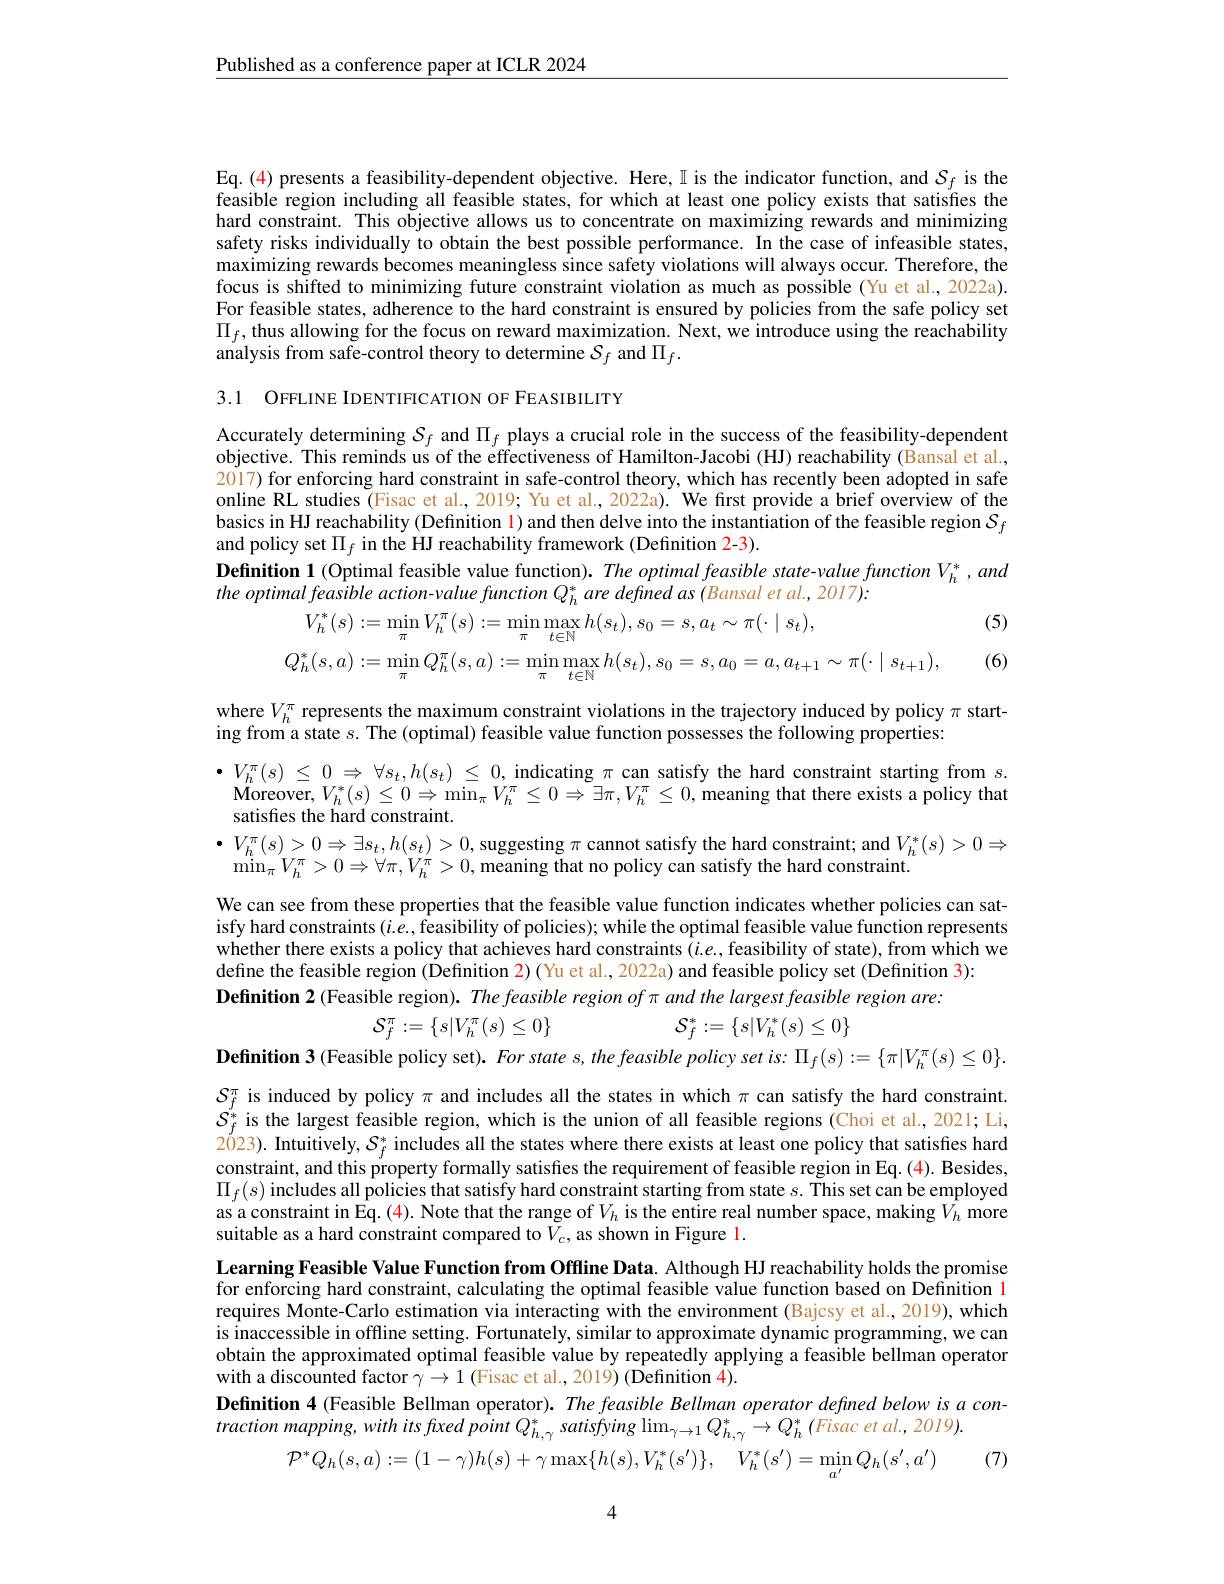
$\underline{\text{Published as a conference paper at ICLR 2024}}$

Eq.(4) presents a feasibility-dependent objective. Here, I is the indicator function, and $\mathcal{S}_f$ is the feasible region including all feasible states, for which at least one policy exists that satisfies the hard constraint. This objective allows us to concentrate on maximizing rewards and minimizing safety risks individually to obtain the best possible performance. In the case of infeasible states, maximizing rewards becomes meaningless since safety violations will always occur. Therefore, the focus is shifted to minimizing future constraint violation as much as possible (Yu et al., 2022a). For feasible states, adherence to the hard constraint is ensured by policies from the safe policy set $\Pi_f$, thus allowing for the focus on reward maximization. Next, we introduce using the reachability analysis from safe-control theory to determine $\mathcal{S}_f$ and $\Pi_f.$

3.1 OFFLINE IDENTIFICATION OF FEASIBIILITY

Accurately determining $\mathcal{S}_f$ and $\Pi_f$ plays a crucial role in the success of the feasibility-dependent objective. This reminds us of the effectiveness of Hamilton-Jacobi (HJ) reachability (Bansal et al., 2017) for enforcing hard constraint in safe-control theory, which has recently been adopted in safe online RL studies (Fisac et al., 2019; Yu et al., 2022a). We first provide a brief overview of the basics in HJ reachability (Definition 1) and then delve into the instantiation of the feasible region $\mathcal{S}_f$ and policy set $\Pi_f$ in the HJ reachability framework (Definition 2-3).
$\textbf{Definition 1}($Optimal feasible value function). The optimal feasible state-value function $V_h^*,and$
(5)
$$\begin{aligned}&V_{h}^{*}(s):=\operatorname*{min}_{\pi}V_{h}^{\pi}(s):=\operatorname*{min}_{\pi}\operatorname*{max}_{t\in\mathbb{N}}h(s_{t}),s_{0}=s,a_{t}\sim\pi(\cdot\mid s_{t}),\\&Q_{h}^{*}(s,a):=\operatorname*{min}_{\pi}Q_{h}^{\pi}(s,a):=\operatorname*{min}_{\pi}\operatorname*{max}_{t\in\mathbb{N}}h(s_{t}),s_{0}=s,a_{0}=a,a_{t+1}\sim\pi(\cdot\mid s_{t+1}),\end{aligned}$$
(6)

where $V_h^\pi$ represents the maximum constraint violations in the trajectory induced by policy $\pi$ start-
ing from a state $s.$ The (optimal) feasible value function possesses the following properties:

$\bullet V_h^\pi ( s)$ $\leq$ 0 $\Rightarrow$ $\forall s_t, h( s_t)$ $\leq$ 0, indicating $\pi$ can satisfy the hard constraint starting from $s.$ $\mathbf{Moreover},V_{h}^{*}(s)\leq0\Rightarrow\min_{\pi}V_{h}^{\pi}\leq0\Rightarrow\exists\pi,V_{h}^{\pi}\leq0$,meaning that there exists a policy that satisfies the hard constraint.
$\bullet V_{h}^{\pi}(s)>0\Rightarrow\exists s_{t},h(s_{t})>0$, suggesting $\pi$ cannot satisfy the hard constraint; and $V_h^*(s)>0\Rightarrow$
$\operatorname*{min}_{\pi}V_{h}^{\pi}>0\Rightarrow\forall\pi,V_{h}^{\pi}>0$,meaning that no policy can satisfy the hard constraint.

We can see from these properties that the feasible value function indicates whether policies can satisfy hard constraints $(i.e.,\hat{\text{feasibility of policies); while the optimal feasible value function represents}}$ whether there exists a policy that achieves hard constraints (i.e., feasibility of state), from which we define the feasible region (Definition 2) (Yu et al., 2022a) and feasible policy set (Definition 3):
Definition 2 (Feasible region). The feasible region of π and the largest feasible region are:
${\mathcal S}_{f}^{\pi}:=\{s|V_{h}^{\pi}(s)\leq0\}$
${\mathcal S}_{f}^{*}:=\{s|V_{h}^{*}(s)\leq0\}$

Definition 3 (Feasible policy set). $Forstates,thefeasiblepolicysetis:\Pi_{f}(s):=\{\pi|V_{h}^{\pi}(s)\leq0\}.$

$S_f^\pi$ is induced by policy $\pi$ and includes all the states in which $\pi$ can satisfy the hard constraint. $S_{f}^{*}$ is the largest feasible region, which is the union of all feasible regions (Choi et al., 2021; Li, 2023). Intuitively, $\mathcal{S}_f^*$ includes all the states where there exists at least one policy that satisfies hard constraint, and this property formally satisfies the requirement of feasible region in Eq. (4). Besides, $\Pi_f(s)$ includes all policies that satisfy hard constraint starting from state $s.$ This set can be employed as a constraint in Eq. (4). Note that the range of $V_h$ is the entire real number space, making $V_h$ more suitable as a hard constraint compared to $V_c$, as shown in Figure 1.

Learning Feasible Value Function from Offline Data. Although HJ reachability holds the promise for enforcing hard constraint, calculating the optimal feasible value function based on Definition l requires Monte-Carlo estimation via interacting with the environment (Bajcsy et al., 2019), which is inaccessible in offline setting. Fortunately, similar to approximate dynamic programming, we can obtain the approximated optimal feasible value by repeatedly applying a feasible bellman operator with a discounted factor $\gamma\to1$ (Fisac et al., 2019) (Definition 4).
Definition 4 (Feasible Bellman operator). The feasible Bellman operator defined below is $a$ con-
$traction~mapping,with~its~fxed~point~Q_{h,\gamma}^{*}~satisfying~\lim_{\gamma\to1}Q_{h,\gamma}^{*}\to Q_{h}^{*}~(Fisac~et~al.,~2019).$
(7)
$\mathcal{P} ^{* }Q_{h}( s, a) : = ( 1- \gamma ) h( s) + \gamma \max \{ h( s) , V_{h}^{* }( s^{\prime }) \} $, $V_{h}^{* }( s^{\prime }) = \min _{{a^{\prime }}}Q_{h}( s^{\prime }, a^{\prime })$

4